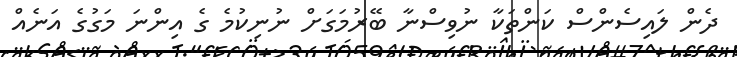
ދެން ލައިސެންސް ކަންތަކާ ނުވިސްނާ ބޭރުމަގަށް ނުނިކުމެ ގެ އިންނަ މަގުގެ އަނެއް